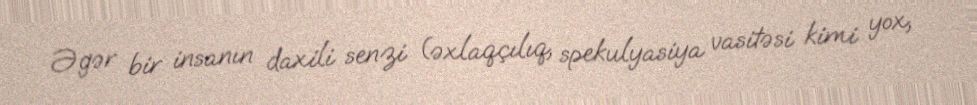
Əgər bir insanın daxili senzi (əxlaqçılıq, spekulyasiya vasitəsi kimi yox,